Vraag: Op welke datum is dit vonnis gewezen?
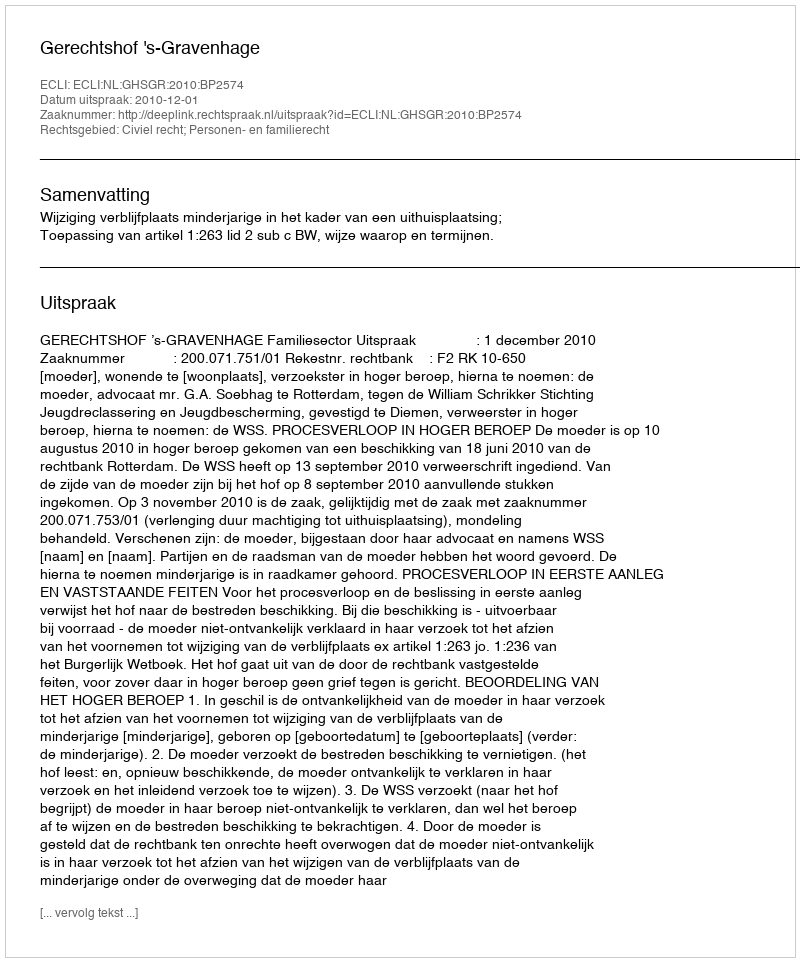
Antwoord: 2010-12-01